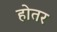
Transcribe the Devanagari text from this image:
होतर